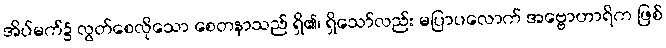
အိပ်မက်၌ လွတ်စေလိုသော စေတနာသည် ရှိ၏၊ ရှိသော်လည်း မပြာပလောက် အဗ္ဗောဟာရိက ဖြစ်